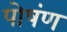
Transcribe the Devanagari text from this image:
पोषंण